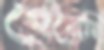
হেরেছি